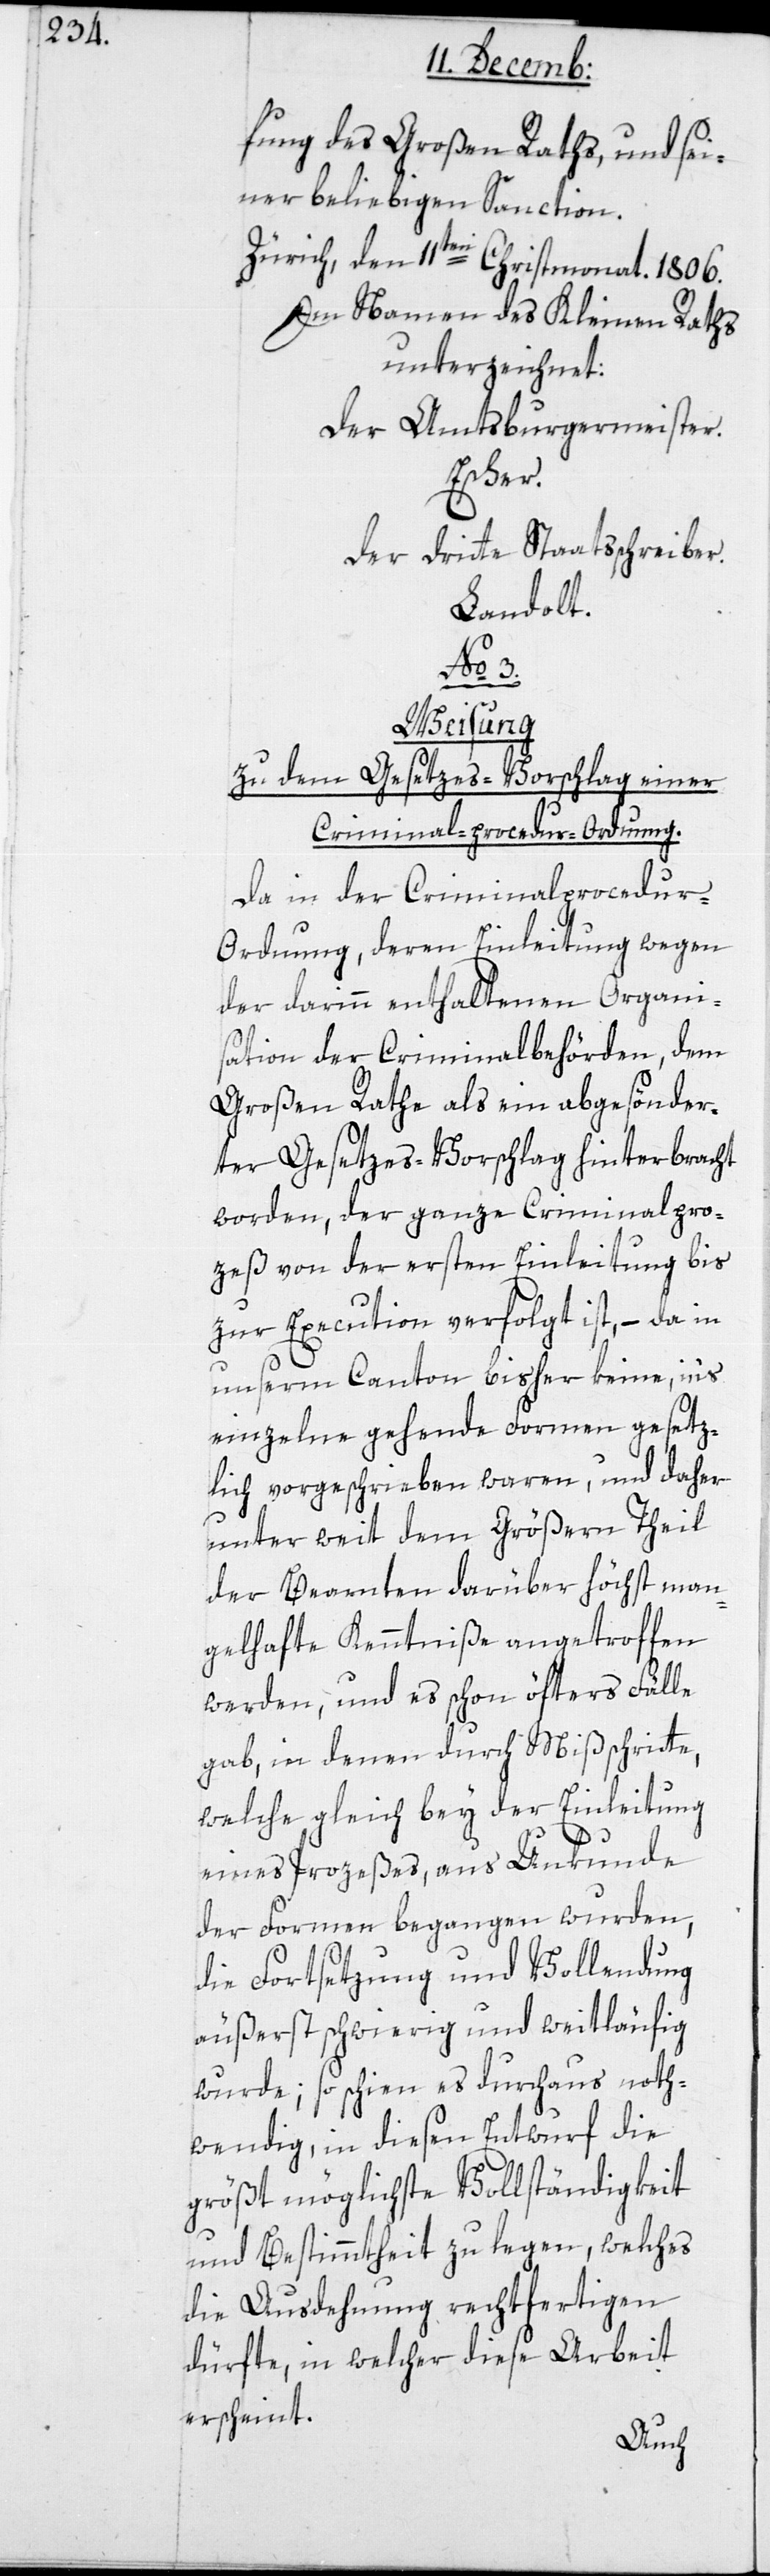
fung des Großen Raths und sei¬
ner beliebigen Sanction.
Zürich, den 11ten Christmonat. 1806.
Im Namen des Kleinen Raths
unterzeichnet:
Der Amtsburgermeister.
Escher.
Der dritte Staatsschreiber.
Landolt.
No. 3.
Weisung
zu dem Gesetzes-Vorschlag einer
Criminal-procedur-Ordnung.
Da in der Criminalprocedur-O¬
rdnung, deren Einleitung wegen
der darinn enthaltenen Organi¬
sation der Criminalbehörden, dem
Großen Rathe als ein abgesönder¬
ter Gesetzes-Vorschlag hinterbracht
worden, der ganze Criminalpro¬
zeß von der ersten Einleitung bis
zur Execution verfolgt ist, – da in
unserm Canton bisher keine ins
Einzelne gehende Formen gesetz¬
lich vorgeschrieben waren, und daher
unter weit dem Größern Theil
der Beamten darüber höchst man¬
gelhafte Kenntniße angetroffen
werden, und es schon öfters Fälle
gab, in denen durch Mißschritte,
welche gleich bey der Einleitung
eines Prozeßes, aus Unkunde
der Formen begangen wurden,
die Fortsetzung und Vollendung
äußerst schwierig und weitläufig
wurde; so schien es durchaus noth¬
wendig, in diesen Entwurf die
größt möglichste Vollständigkeit
und Bestimmtheit zu legen, welches
die Ausdehnung rechtfertigen
dürfte, in welcher diese Arbeit
erscheint.